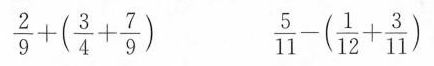
$$\frac { 2 } { 9 } + ( \frac { 3 } { 4 } + \frac { 7 } { 9 } )$$ $$\frac { 5 } { 1 1 } -